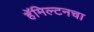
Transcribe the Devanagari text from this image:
हॅमिल्टनचा